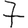
Digit: 7